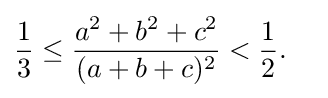
{\frac {1}{3}}\leq {\frac {a^{2}+b^{2}+c^{2}}{(a+b+c)^{2}}}<{\frac {1}{2}}.\quad